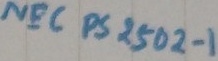
Text: NEC PS 2502